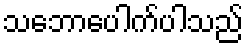
သဘောပေါက်ပါသည်